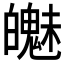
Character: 𲌯